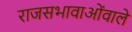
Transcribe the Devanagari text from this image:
राजसभावाओंवाले